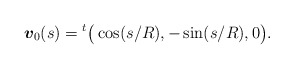
\begin{align*}\mbox{\mathversion{bold}$v$}_{0}(s) = {}^{t}\big( \cos(s/R), -\sin(s/R), 0 \big).\end{align*}